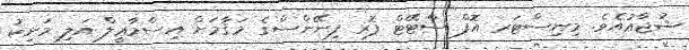
ޝުޖާޢުއެވެ. މިނިސްޓަރ އޮފް ސްޓޭޓް ފޮރ ފިނޭންސްގެ މަޤާމަށް އިސްމާޢީލް އަލި މަނިކު